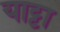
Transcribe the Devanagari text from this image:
याट्टा